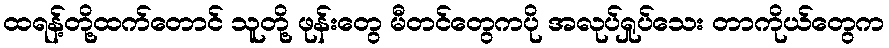
ထရန့်တို့ထက်တောင် သူတို့ ဖုန်းတွေ မီတင်တွေကပို အလုပ်ရှုပ်သေး တာကိုယ်တွေက